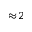
\approx \! 2